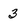
Character: 3